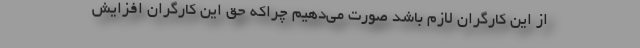
از این کارگران لازم باشد صورت می‌دهیم چراکه حق این کارگران افزایش